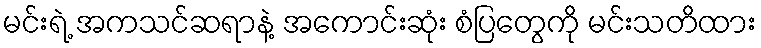
မင်းရဲ့ အကသင်ဆရာနဲ့ အကောင်းဆုံး စံပြတွေကို မင်းသတိထား